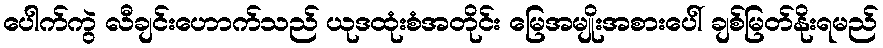
ပေါက်ကွဲ လီချင်းဟောက်သည် ယုဒထုံးစံအတိုင်း မြေအမျိုးအစားပေါ် ချစ်မြတ်နိုးရမည်